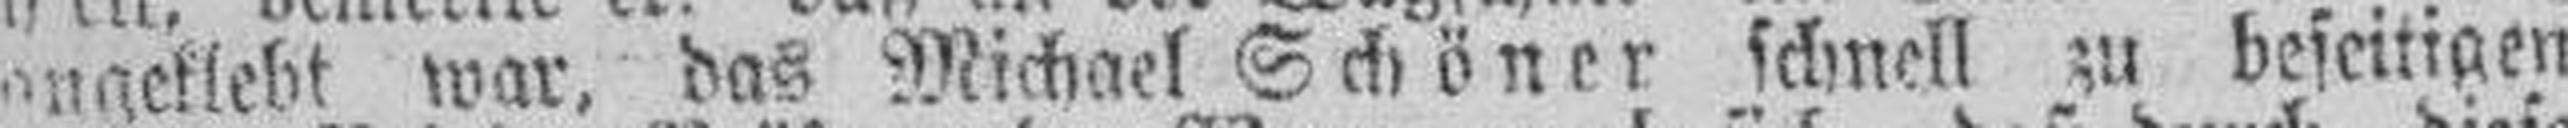
angeklebt war, das Michael Schöner schnell zu beseitigen